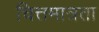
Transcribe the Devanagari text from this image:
चित्तमात्रता